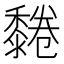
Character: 𪐂